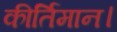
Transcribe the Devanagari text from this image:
कीर्तिमान।